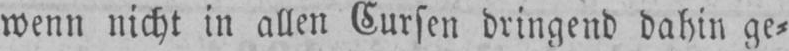
wenn nicht in allen Cursen dringend dahin ge⸗